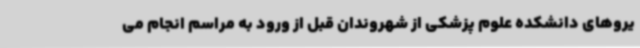
یروهای دانشکده علوم پزشکی از شهروندان قبل از ورود به مراسم انجام می